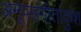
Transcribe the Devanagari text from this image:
अनूपसंगीतांकुश